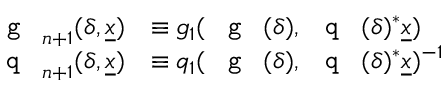
\begin{array} { r l } { \textnormal { \texttt { g } } _ { n + 1 } ( \delta , \underline { { x } } ) } & { \equiv g _ { 1 } ( \textnormal { \texttt { g } } ( \delta ) , \textnormal { \texttt { q } } ( \delta ) ^ { * } \underline { { x } } ) } \\ { \textnormal { \texttt { q } } _ { n + 1 } ( \delta , \underline { { x } } ) } & { \equiv q _ { 1 } ( \textnormal { \texttt { g } } ( \delta ) , \textnormal { \texttt { q } } ( \delta ) ^ { * } \underline { { x } } ) ^ { - 1 } } \end{array}